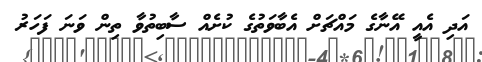
އަދި އެއީ އޭނާގެ މައްޗަށް އެބާވަތުގެ ކުށެއް ސާބިތުވާ ތިން ވަނަ ފަހަރު